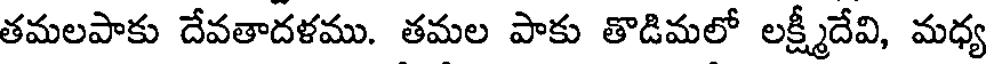
తమలపాకు దేవతాదళము. తమల పాకు తొడిమలో లక్ష్మీదేవి, మధ్య